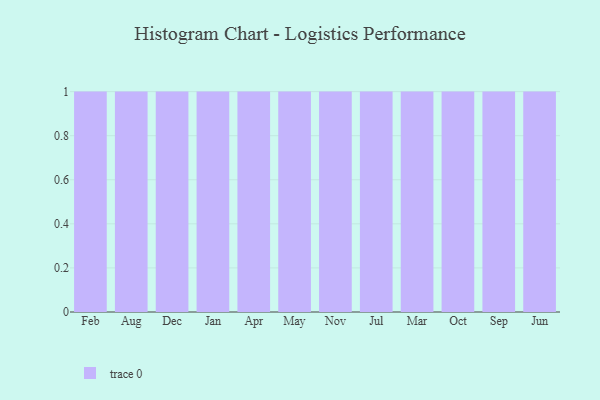
{"axis": {"x": "Month", "y": "Website Visitors"}, "legend": [""], "data": [{"x": "Feb", "y": 44, "type": ""}, {"x": "Aug", "y": 92, "type": ""}, {"x": "Dec", "y": 7, "type": ""}, {"x": "Jan", "y": 22, "type": ""}, {"x": "Apr", "y": 66, "type": ""}, {"x": "May", "y": 45, "type": ""}, {"x": "Nov", "y": 75, "type": ""}, {"x": "Jul", "y": 45, "type": ""}, {"x": "Mar", "y": 54, "type": ""}, {"x": "Oct", "y": 36, "type": ""}, {"x": "Sep", "y": 96, "type": ""}, {"x": "Jun", "y": 98, "type": ""}]}